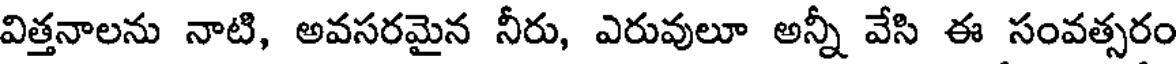
విత్తనాలను నాటి, అవసరమైన నీరు, ఎరువులూ అన్నీ వేసి ఈ సంవత్సరం